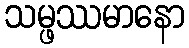
သမ္ဖဿမာနော